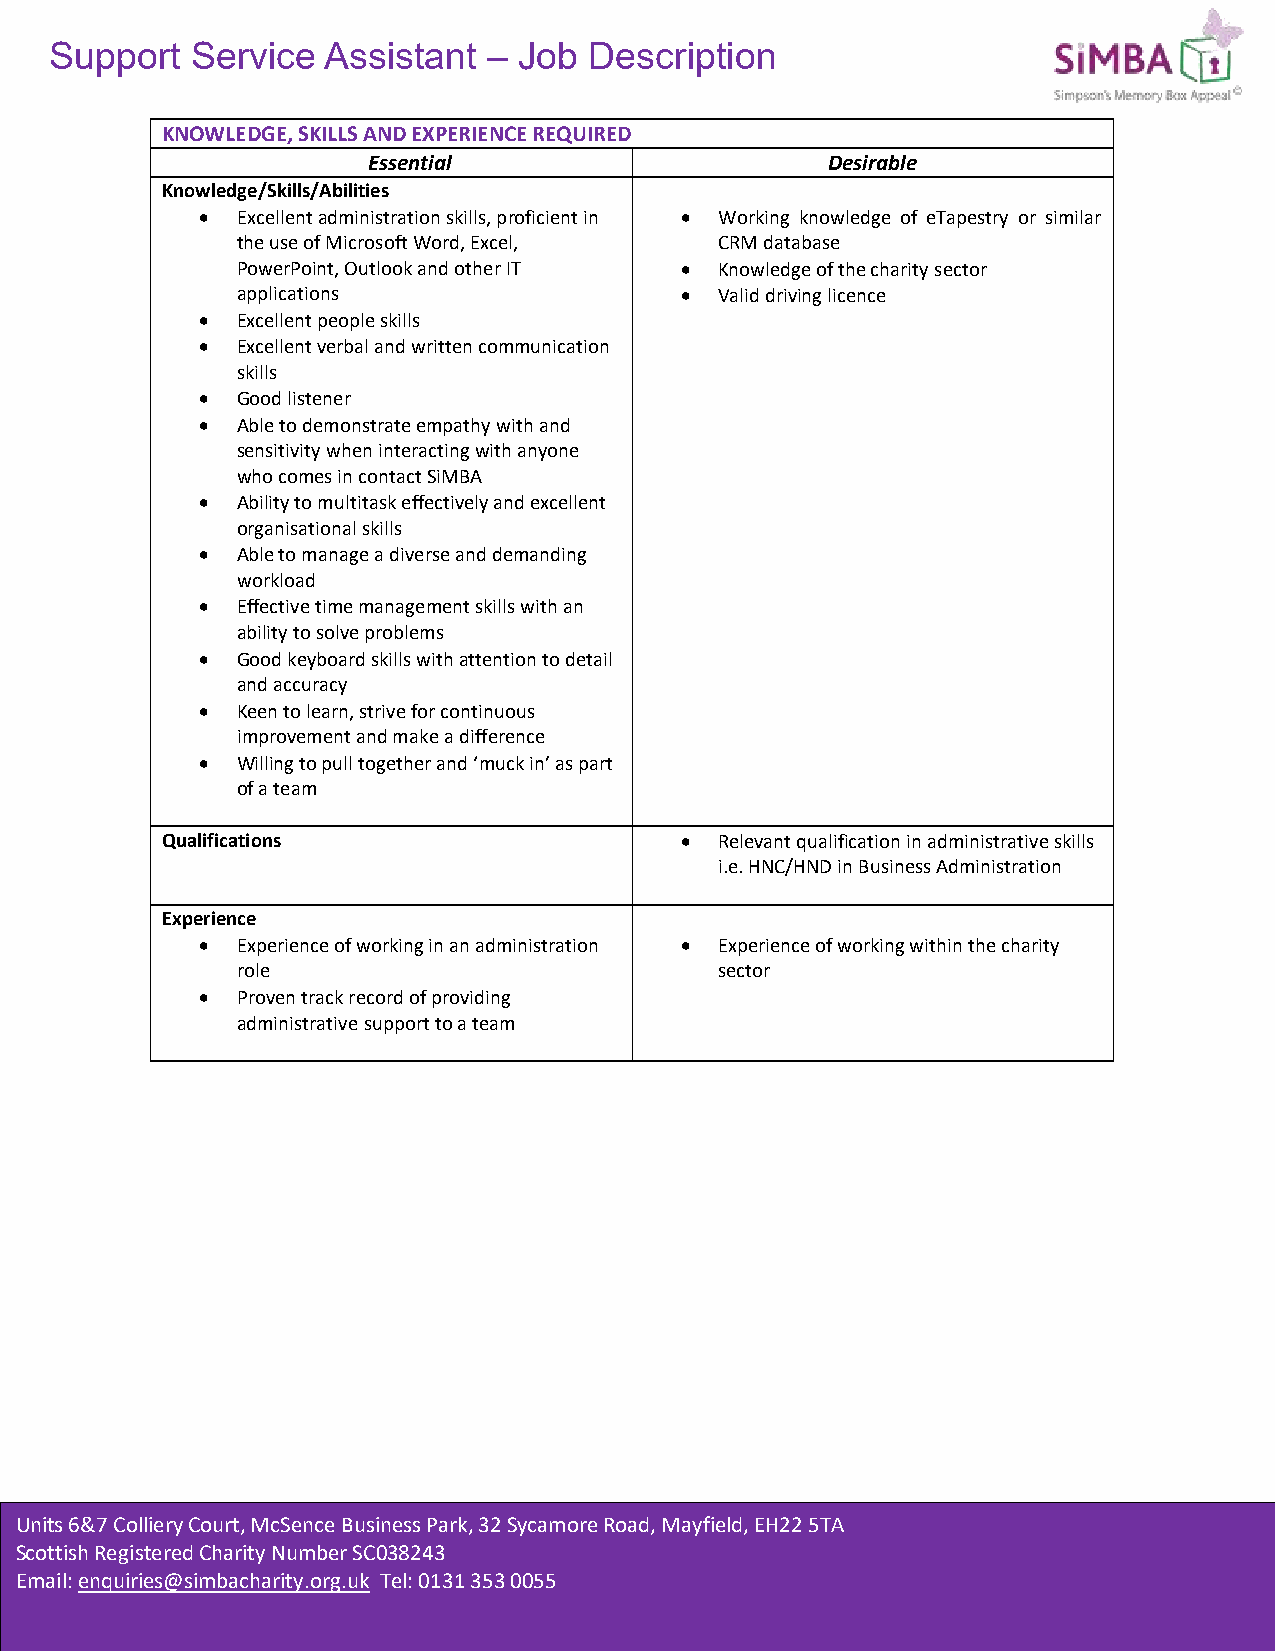
Support   Service Assistant  – Job  Description
 KNOWLEDGE, SKILLS AND EXPERIENCE REQUIRED
 Essential                      Desirable
 Knowledge/Skills/Abilities
 •  Excellent administration skills, proficient in • Working knowledge of eTapestry or similar
 the use of Microsoft Word, Excel, CRM database
 PowerPoint, Outlook and other IT • Knowledge of the charity sector
 applications                 •  Valid driving licence
 •  Excellent people skills
 •  Excellent verbal and written communication
 skills
 •  Good listener
 •  Able to demonstrate empathy with and
 sensitivity when interacting with anyone
 who comes in contact SiMBA
 •  Ability to multitask effectively and excellent
 organisational skills
 •  Able to manage a diverse and demanding
 workload
 •  Effective time management skills with an
 ability to solve problems
 •  Good keyboard skills with attention to detail
 and accuracy
 •  Keen to learn, strive for continuous
 improvement and make a difference
 •  Willing to pull together and ‘muck in’ as part
 of a team
 Qualifications                    •  Relevant qualification in administrative skills
 i.e. HNC/HND in Business Administration
 Experience
 •  Experience of working in an administration • Experience of working within the charity
 role                            sector
 •  Proven track record of providing
 administrative support to a team
 Units 6&7 Colliery Court, McSence Business Park, 32 Sycamore Road, Mayfield, EH22 5TA
 Scottish RegistUerneitds C6h&a7ri tCyo Nlliuemryb Ceoru SrCt,0 M38c2S4e3n ce Business Park, 32 Sycamore Road, Mayfield, EH22 5TA
 Email: enquirieSsc@otstiimshb Racehgaisrtietyr.eodr gC.huakr iTtye lN: 0u1m3b1e 3r5 S3C 003085254 3
 Email: enquiries@simbacharity.org.uk Tel: 0131 353 0055